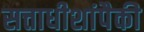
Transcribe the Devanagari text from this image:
सत्ताधीशांपैकी